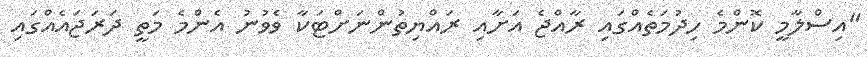
"އިސްލާމީ ކޮންމެ ހިދުމަތެއްގައި ރާއްޖެ އަށާއި ރައްޔިތުންނަށްޓަކާ ވެވުނު އެންމެ މަތީ ދަރަޖައެއްގައި